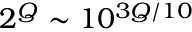
2 ^ { Q } \sim 1 0 ^ { 3 Q / 1 0 }